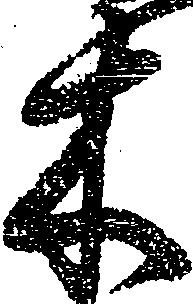
木